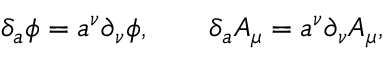
\delta _ { a } \phi = a ^ { \nu } \partial _ { \nu } \phi , \qquad \delta _ { a } A _ { \mu } = a ^ { \nu } \partial _ { \nu } A _ { \mu } ,